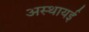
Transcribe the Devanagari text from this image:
अस्थायई